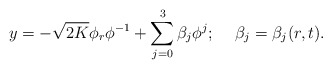
\begin{align*}y=-\sqrt{2K}\phi_r\phi^{-1}+\sum_{j=0}^3\beta_j\phi^j;\hspace*{5mm}\beta_j=\beta_j(r,t).\end{align*}